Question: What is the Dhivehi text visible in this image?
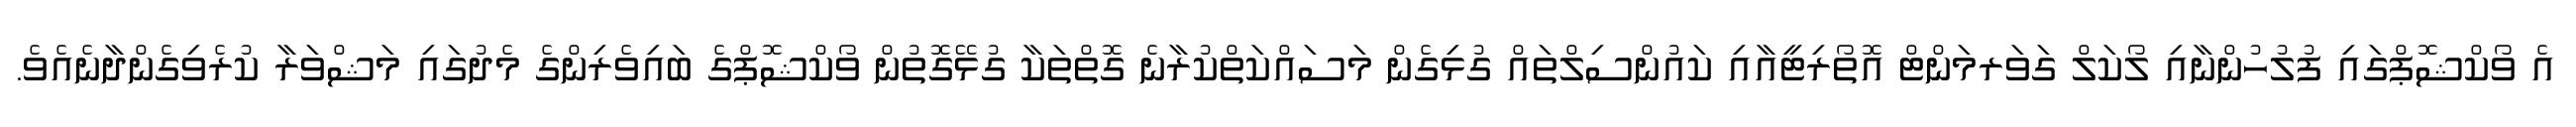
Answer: އެ ވޯކްޝޮޕްގައި ފުލުހުންނާއި ލޯކަލް ގަވަރމަންޓް އޮތޯރިޓީއާއި ކައުންސިލްތައް ގުޅިގެން މަސައްކަތްކުރާނެ ގޮތްތަކާ ގުޅޭގޮތުން ވޯކްޝޮޕްގެ ބައިވެރިންގެ މެދުގައި މަޝްވަރާ ކުރެވިގެންދާނެއެވެ.